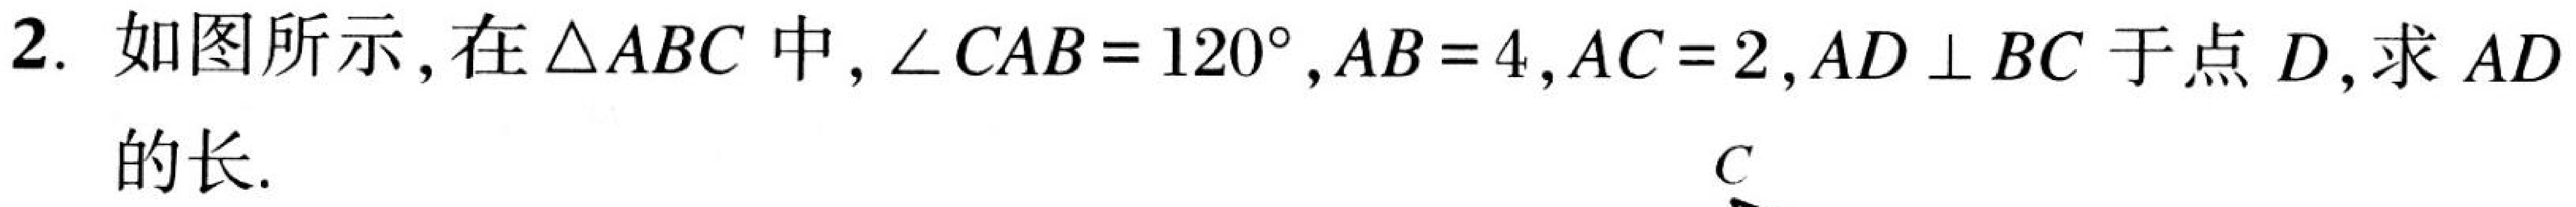
2. 如图所示，在\(\triangle ABC\)中，\(\angle CAB = 120^{\circ}\)，\(AB = 4\)，\(AC = 2\)，\(AD\perp BC\)于点\(D\)，求\(AD\)的长.